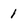
Character: 1